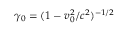
\displaystyle \gamma _ { 0 } = ( 1 - v _ { 0 } ^ { 2 } / c ^ { 2 } ) ^ { - 1 / 2 }